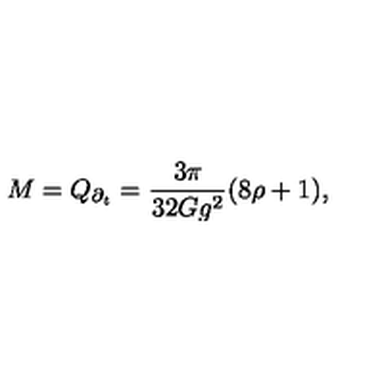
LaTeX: M = Q _ { \partial _ { t } } = \frac { 3 \pi } { 3 2 G g ^ { 2 } } ( 8 \rho + 1 ) ,